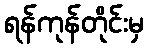
ရန်ကုန်တိုင်းမှ